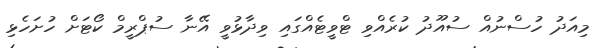
މިއަދު ހުސްނުއް ސުއޫދު ކުރެއްވި ޓްވީޓެއްގައި ވިދާޅުވީ އޭނާ ސުޕްރީމް ކޯޓަށް ހުށަހެޅި